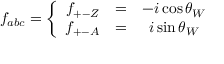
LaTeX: { f } _ { a b c } = \left\{ \begin{array} { c c c } { { { f } _ { + - Z } } } & { { = } } & { { - i \cos \theta _ { W } } } \\ { { { f } _ { + - A } } } & { { = } } & { { i \sin \theta _ { W } } } \end{array} \right.